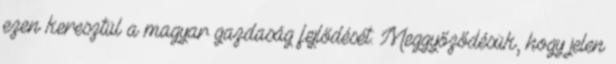
ezen keresztül a magyar gazdaság fejlődését. Meggyőződésük, hogy jelen